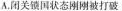
A.闭关锁国状态刚刚被打破